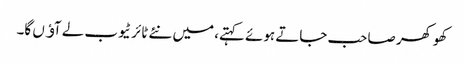
کھوکھر صاحب جاتے ہوئے کہتے، میں نئے ٹائر ٹیوب لے آﺅں گا۔